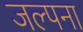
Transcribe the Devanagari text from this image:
जल्पना